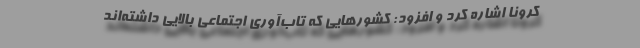
کرونا اشاره کرد و افزود: کشورهایی که تاب‌آوری اجتماعی بالایی داشته‌اند